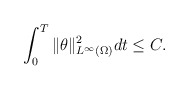
\begin{align*} \int_0^T\|\theta\|_{L^\infty(\Omega)}^2dt \leq C.\\\end{align*}